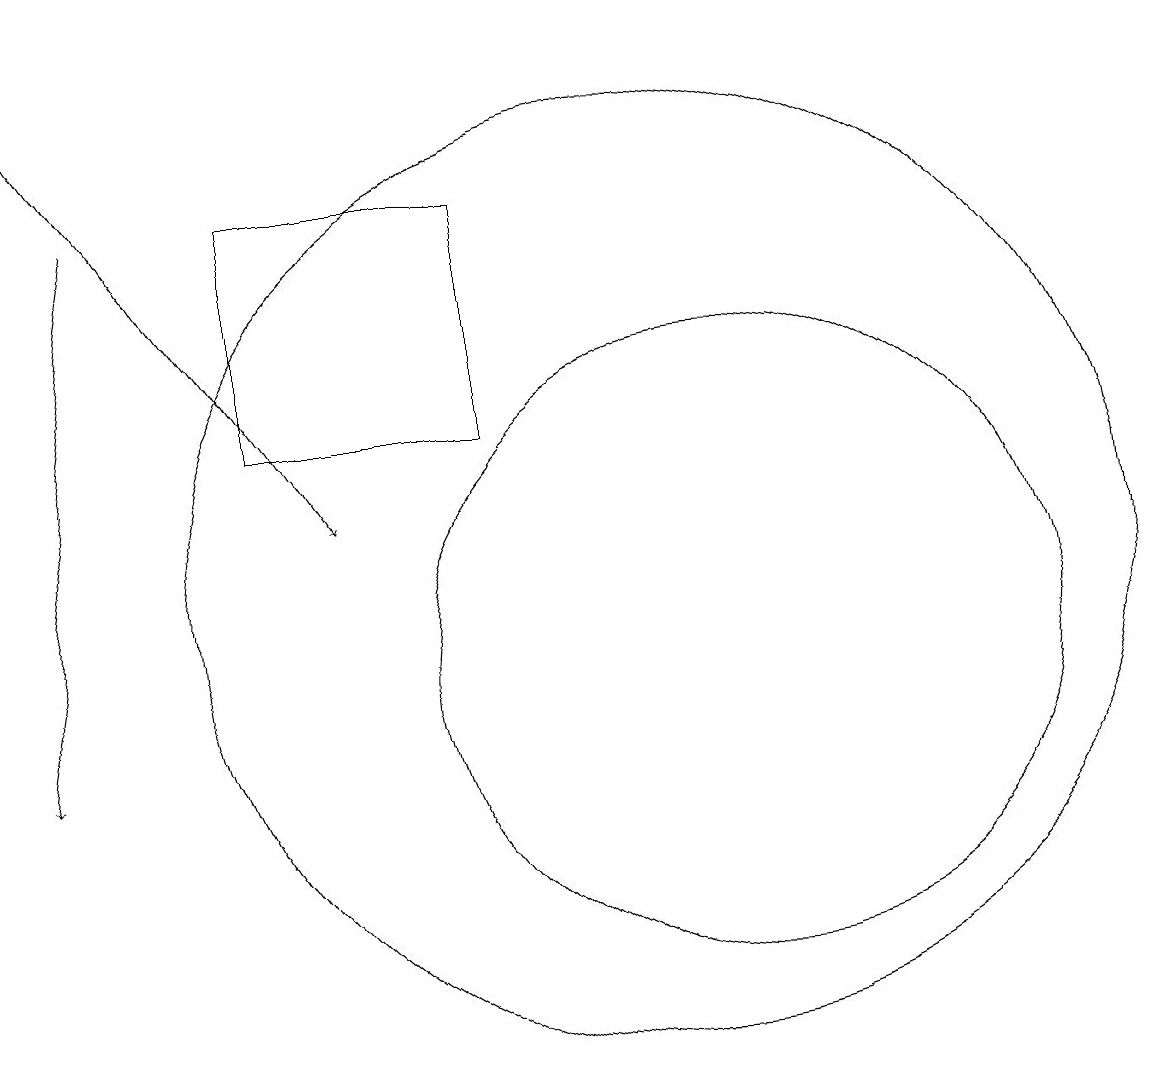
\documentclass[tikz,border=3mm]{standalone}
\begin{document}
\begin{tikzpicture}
\draw (11,12) circle (6);
\draw[->] (4,17) -- (3,10);
\draw (9,17) rectangle (6,14);
\draw (12,11) circle (4);
\draw[->] (3,19) -- (7,13);
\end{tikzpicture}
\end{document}